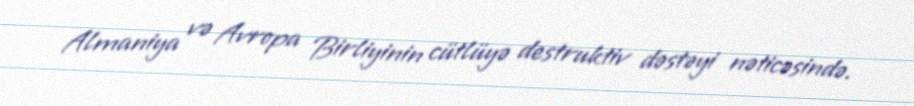
Almaniya və Avropa Birliyinin cütlüyə destruktiv dəstəyi nəticəsində.